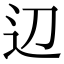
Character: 辺